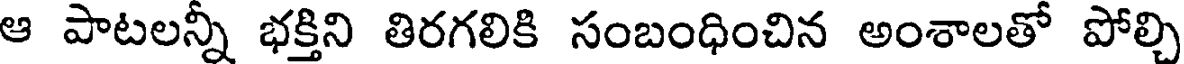
ఆ పాటలన్నీ భక్తిని తిరగలికి సంబంధించిన అంశాలతో పోల్చి